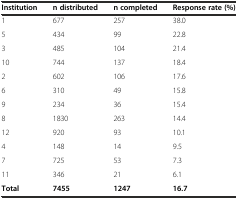
<table><thead><tr><td><b>Institution</b></td><td><b>n distributed</b></td><td><b>n completed</b></td><td><b>Response rate (%)</b></td></tr></thead><tbody><tr><td>1</td><td>677</td><td>257</td><td>38.0</td></tr><tr><td>5</td><td>434</td><td>99</td><td>22.8</td></tr><tr><td>3</td><td>485</td><td>104</td><td>21.4</td></tr><tr><td>10</td><td>744</td><td>137</td><td>18.4</td></tr><tr><td>2</td><td>602</td><td>106</td><td>17.6</td></tr><tr><td>6</td><td>310</td><td>49</td><td>15.8</td></tr><tr><td>9</td><td>234</td><td>36</td><td>15.4</td></tr><tr><td>8</td><td>1830</td><td>263</td><td>14.4</td></tr><tr><td>12</td><td>920</td><td>93</td><td>10.1</td></tr><tr><td>4</td><td>148</td><td>14</td><td>9.5</td></tr><tr><td>7</td><td>725</td><td>53</td><td>7.3</td></tr><tr><td>11</td><td>346</td><td>21</td><td>6.1</td></tr><tr><td><b>Total</b></td><td><b>7455</b></td><td><b>1247</b></td><td><b>16.7</b></td></tr></tbody></table>